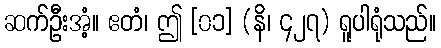
ဆက်ဦးအံ့။ ဧတံ၊ ဤ [၀၁] (နိ၊ ၄၂၇) ရူပါရုံသည်။